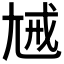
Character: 𡯰